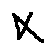
x